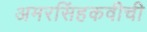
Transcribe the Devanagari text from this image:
अमरसिंहकवीची